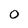
Character: 0